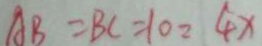
A B = B C = 1 0 : 4 x